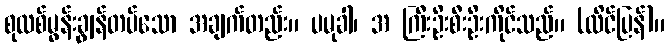
စုလစ်မွန်းချွန်တပ်သော အချက်တည်း။ ပမုခါ၊ အ ကြီးဦးစီးဦးကိုင်သည်။ (လိင်ပြန်)။